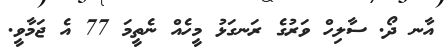
އާނ ދޯ. ސާލިހް ވަރުގެ ރަނގަޅު މީހެއް ނެތީމަ 77 އެ ޖަމާވީ.